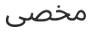
مخصى